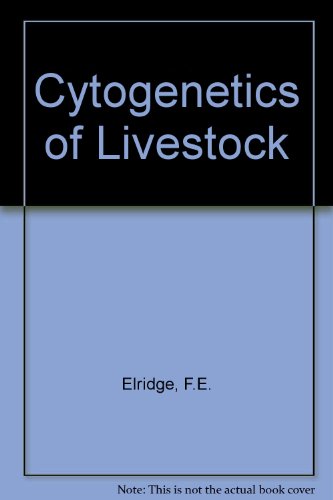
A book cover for Cytogenetics of Livestock; Franklin E. Eldridge; Medical Books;